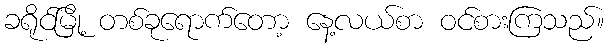
ခရိုင်မြို့ တစ်ခုရောက်တော့ နေ့လယ်စာ ဝင်စားကြသည်။